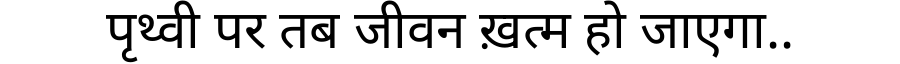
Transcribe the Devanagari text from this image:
पृथ्वी पर तब जीवन ख़त्म हो जाएगा..